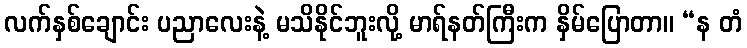
လက်နှစ်ချောင်း ပညာလေးနဲ့ မသိနိုင်ဘူးလို့ မာရ်နတ်ကြီးက နှိမ်ပြောတာ။ “န တံ